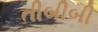
તીબીબી